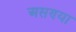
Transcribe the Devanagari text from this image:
असण्या